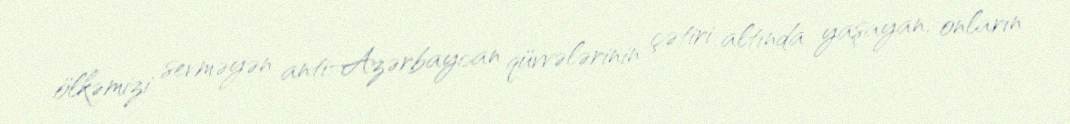
ölkəmizi sevməyən anti-Azərbaycan qüvvələrinin çətiri altında yaşayan, onların